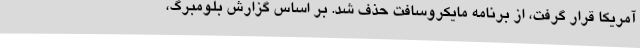
آمریکا قرار گرفت، از برنامه مایکروسافت حذف شد. بر اساس گزارش بلومبرگ،